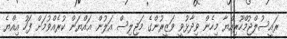
ރައީސުލްޖުމްހޫރިއްޔާ މިހެން ވިދާޅުވީ ވަޒީރުންގެ މަޖިލިސް އަލުން ޢައްޔަން ކުރެއްވުމަށް ފަހު އިއްޔެ